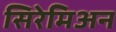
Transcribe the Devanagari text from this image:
सिरेमिअन